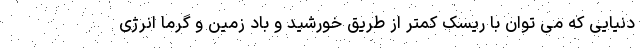
دنیایی که می توان با ریسک کمتر از طریق خورشید و باد زمین و گرما انرژی